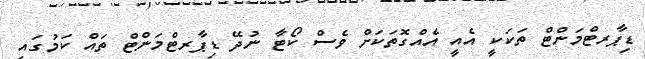
ޑިޕާރޓްމަންޓް ތަކަކީ އެއީ އެއްގޮތަކަށް ވެސް ކޯޓާ ނުދޭ ޑިޕާރޓްމަންޓް ތައް ކަމުގައި